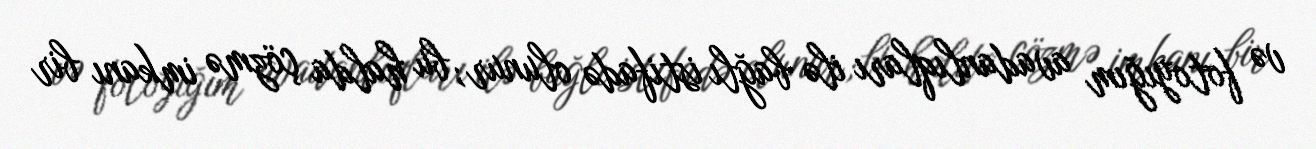
və fotoyığım avadanlıqları ilə bağlı istifadə olunur; bu halda çözmə imkanı bir